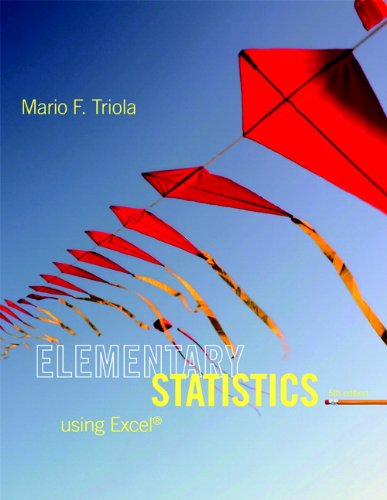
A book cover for Elementary Statistics Using Excel (5th Edition); Mario F. Triola; Computers & Technology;